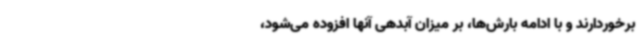
برخوردارند و با ادامه بارش‌ها، بر میزان آبدهی آنها افزوده می‌شود،